Indian journal of veterinary science and animal husbandry - Volume 4,
Year: 1934
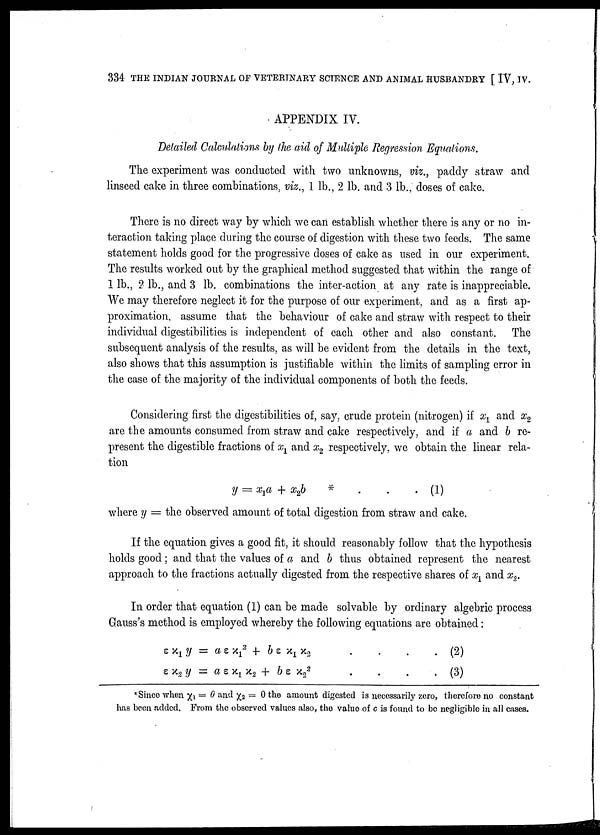
334 THE INDIAN JOURNAL OF VETERINARY SCIENCE AND ANIMAL HUSBANDRY [ IV, IV.
APPENDIX IV.
Detailed Calculations by the aid of Multiple Regression Equations.
The experiment was conducted with two unknowns, viz., paddy straw and
linseed cake in three combinations, viz., 1 lb., 2 lb. and 3 lb., doses of cake.
There is no direct way by which we can establish whether there is any or no in
teraction taking place during the course of digestion with these two feeds. The same
statement holds good for the progressive doses of cake as used in our experiment.
The results worked out by the graphical method suggested that within the range of
1 lb., 2 lb., and 3 lb. combinations the inter-action at any rate is inappreciable.
We may therefore neglect it for the purpose of our experiment, and as a first ap
proximation, assume that the behaviour of cake and straw with respect to their
individual digestibilities is independent of each other and also constant. The
subsequent analysis of the results, as will be evident from the details in the text,
also shows that this assumption is justifiable within the limits of sampling error in
the case of the majority of the individual components of both the feeds.
Considering first the digestibilities of, say, crude protein (nitrogen) if x 1 and x 2
are the amounts consumed from straw and cake respectively, and if a and b re
present the digestible fractions of x 1 and x 2 respectively, we obtain the linear rela
tion
y = x 1 + x 2 b
*
.
.
. (1)
where y = the observed amount of total digestion from straw and cake.
If the equation gives a good fit, it should reasonably follow that the hypothesis
holds good ; and that the values of a and b thus obtained represent the nearest
approach to the fractions actually digested from the respective shares of x 1 and x 2 .
In order that equation (1) can be made solvable by ordinary algebric process
Gauss's method is employed whereby the following equations are obtained:
ε x 1 y = a ε x 1
2 + b ε x 1 x 2 .
.
.
. (2)
ε x 2 y = a ε x 1 x 2 + b ε x 2
2
.
.
.
. (3)
* Since when x 1 — 0 and x 2 = 0 the amount digested is necessarily zero, therefore no constant
has been added. From the observed values also, the value of c is found to be negligible in all cases.